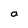
Character: a